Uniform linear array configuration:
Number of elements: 16
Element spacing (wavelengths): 0.5
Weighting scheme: hann
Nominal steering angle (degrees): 15
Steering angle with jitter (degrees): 16.806
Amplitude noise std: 0.05
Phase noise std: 0.05

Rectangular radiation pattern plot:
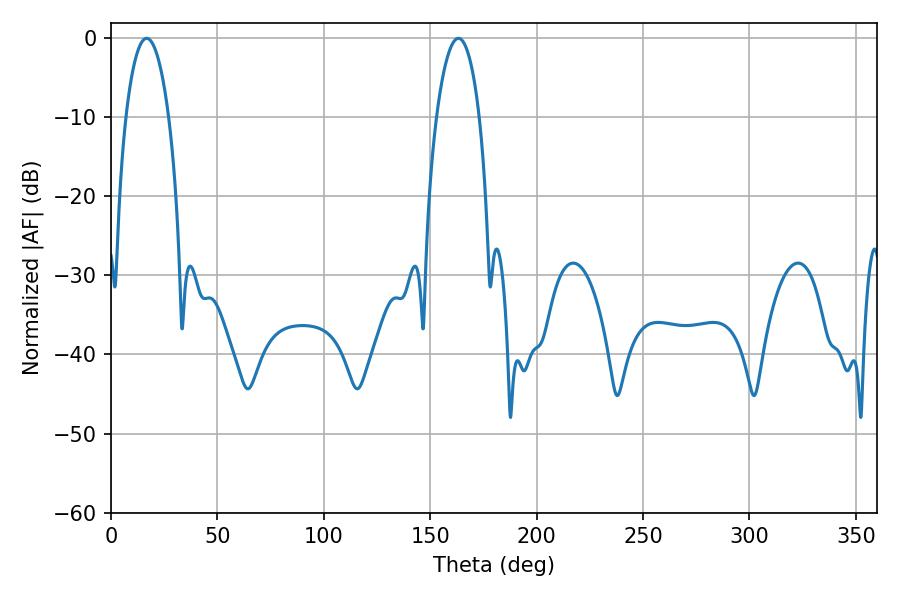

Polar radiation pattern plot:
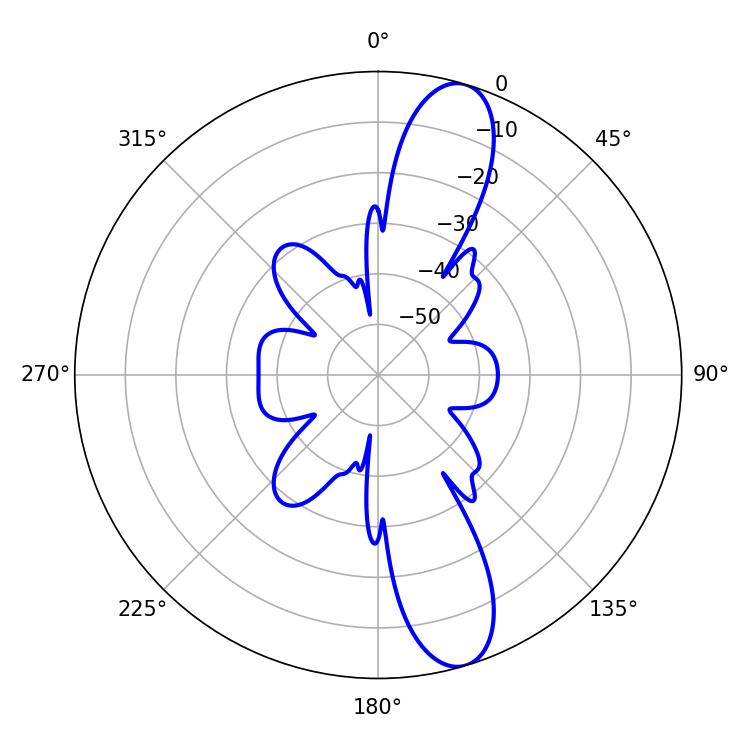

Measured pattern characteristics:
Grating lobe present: FALSE
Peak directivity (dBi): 12.188
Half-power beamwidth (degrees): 11.34
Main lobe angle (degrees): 16.74